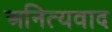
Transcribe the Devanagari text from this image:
अनित्यवाद